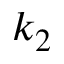
k _ { 2 }